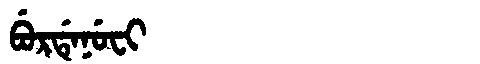
Manchu: ᠪᡠᡵᡩᡝᠨᡠᠸᡳ
Romanization: BURDENUFI